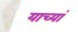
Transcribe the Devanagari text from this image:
याच्यां